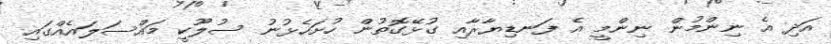
އަދި އެ ނިންމުން ނިންމީ އެ ފަނޑިޔާރާއި ގުޅޭގޮތުން ހުށަހެޅުނު ސުލޫކީ މައްސަލައެއްގައި